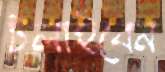
টলাইবেন